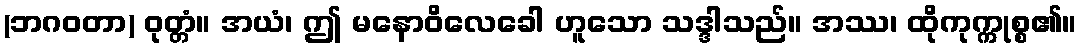
(ဘဂဝတာ) ဝုတ္တံ။ အယံ၊ ဤ မနောဝိလေခေါ ဟူသော သဒ္ဒါသည်။ အဿ၊ ထိုကုက္ကုစ္စ၏။